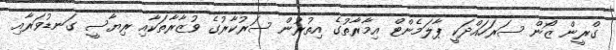
ގްރީން ޒޯން ސަރަހައްދަކީ ޕާލަމެންޓް އިމާރާތުގެ އިތުރުން ސަރުކާރުގެ ވުޒާރާތަކާއި ރިޔާސީ ގަނޑުވަރާއި